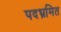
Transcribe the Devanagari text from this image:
पदभ्रमित